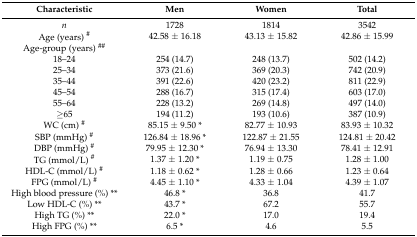
| Characteristic | Men | Women | Total |
 | --- | --- | --- | --- |
 | n | 1728 | 1814 | 3542 |
 | Age (years) # | 42.58 ± 16.18 | 43.13 ± 15.82 | 42.86 ± 15.99 |
 | Age-group (years) ## |  |  |  |
 | 18–24 | 254 (14.7) | 248 (13.7) | 502 (14.2) |
 | 25–34 | 373 (21.6) | 369 (20.3) | 742 (20.9) |
 | 35–44 | 391 (22.6) | 420 (23.2) | 811 (22.9) |
 | 45–54 | 288 (16.7) | 315 (17.4) | 603 (17.0) |
 | 55–64 | 228 (13.2) | 269 (14.8) | 497 (14.0) |
 | ≥65 | 194 (11.2) | 193 (10.6) | 387 (10.9) |
 | WC (cm) # | 85.15 ± 9.50 * | 82.77 ± 10.93 | 83.93 ± 10.32 |
 | SBP (mmHg) # | 126.84 ± 18.96 * | 122.87 ± 21.55 | 124.81 ± 20.42 |
 | DBP (mmHg) # | 79.95 ± 12.30 * | 76.94 ± 13.30 | 78.41 ± 12.91 |
 | TG (mmol/L) # | 1.37 ± 1.20 * | 1.19 ± 0.75 | 1.28 ± 1.00 |
 | HDL-C (mmol/L) # | 1.18 ± 0.62 * | 1.28 ± 0.66 | 1.23 ± 0.64 |
 | FPG (mmol/L) # | 4.45 ± 1.10 * | 4.33 ± 1.04 | 4.39 ± 1.07 |
 | High blood pressure (%) ** | 46.8 * | 36.8 | 41.7 |
 | Low HDL-C (%) ** | 43.7 * | 67.2 | 55.7 |
 | High TG (%) ** | 22.0 * | 17.0 | 19.4 |
 | High FPG (%) ** | 6.5 * | 4.6 | 5.5 |